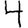
Digit: 4